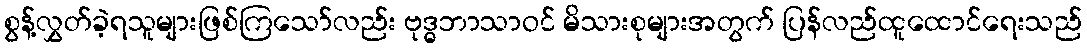
စွန့်လွှတ်ခဲ့ရသူများဖြစ်ကြသော်လည်း ဗုဒ္ဓဘာသာဝင် မိသားစုများအတွက် ပြန်လည်ထူထောင်ရေးသည်